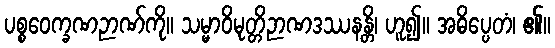
ပစ္စဝေက္ခဏဉာဏ်ကို။ သမ္မာဝိမုတ္တိဉာဏဒဿနန္တိ၊ ဟူ၍။ အဓိပ္ပေတံ၊ ၏။